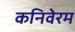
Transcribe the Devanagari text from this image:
कनिवेरम